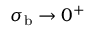
\sigma _ { \mathrm { b } } \rightarrow 0 ^ { + }